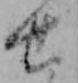
せ